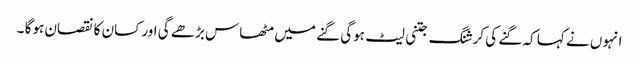
انہوں نے کہا کہ گنے کی کرشنگ جتنی لیٹ ہوگی گنے میں مٹھاس بڑھے گی اور کسان کا نقصان ہوگا ۔